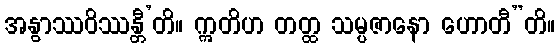
အနွာဿဝိဿန္တီ’တိ။ ဣတိဟ တတ္ထ သမ္ပဇာနော ဟောတီ”တိ။